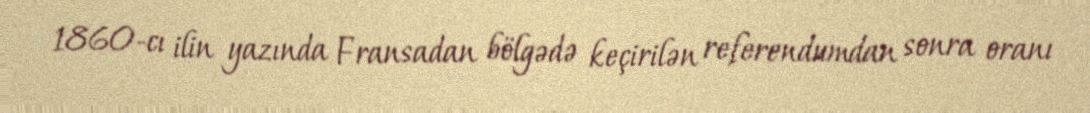
1860-cı ilin yazında Fransadan bölgədə keçirilən referendumdan sonra oranı